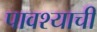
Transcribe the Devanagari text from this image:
पावश्याची